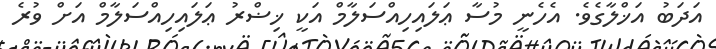
އަދަބު އަޚްލާގެވެ. އެހެނީ މުސާ ޢަލައިހިއްސަލާމް އަކީ ޚިޟްރު ޢަލައިހިއްސަލާމް އަށް ވުރެ